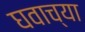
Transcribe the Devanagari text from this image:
घवाच्या